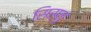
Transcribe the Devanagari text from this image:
सिस्नु